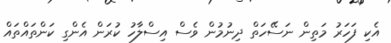
އެކި ފަހަރު މަތިން ނަސޭހަތް ދިނުމުން ވެސް އިސްލާހު ކުރަން އެންގި ކަންތައްތައް